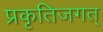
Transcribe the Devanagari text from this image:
प्रकृतिजगत्‌